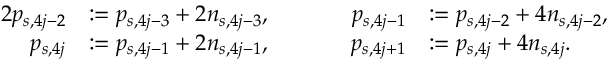
\begin{array} { r l r l } { { 2 } p _ { s , 4 j - 2 } } & { : = p _ { s , 4 j - 3 } + 2 n _ { s , 4 j - 3 } , \ \ \ \ \ \ \ \ } & { p _ { s , 4 j - 1 } } & { : = p _ { s , 4 j - 2 } + 4 n _ { s , 4 j - 2 } , } \\ { p _ { s , 4 j } } & { : = p _ { s , 4 j - 1 } + 2 n _ { s , 4 j - 1 } , \ \ \ \ \ \ \ \ } & { p _ { s , 4 j + 1 } } & { : = p _ { s , 4 j } + 4 n _ { s , 4 j } . } \end{array}